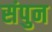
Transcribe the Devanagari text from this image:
संपुन